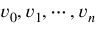
v _ { 0 } , v _ { 1 } , \cdots , v _ { n }